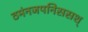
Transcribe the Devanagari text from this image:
ठमंनजपनिससश्